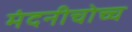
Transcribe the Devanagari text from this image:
मंदनीचोच्च